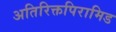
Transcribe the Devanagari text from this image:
अतिरिक्तपिरामिड